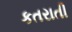
કતરાતી